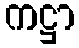
ကဋ္ဌာ